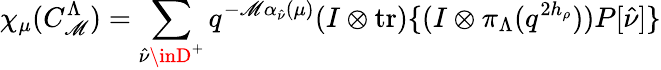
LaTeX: \chi_{\mu}(C_{\mathscr{M}}^{\Lambda})=\sum_{\hat{{\nu}}\inD^{+}}q^{-\mathscr{M}\alpha_{\hat{{\nu}}}(\mu)}(I\otimes\mathrm{{tr}})\{ (I\otimes\pi_{\Lambda}(q^{2h_{\rho}}))P[\hat{{\nu}}]\}